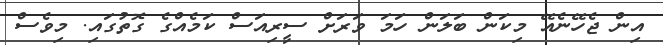
އިން ޖެހޭނެއޭ މިކަން ބަލަން ހަމަ ވަރަށް ސީރިއަސް ކަމެއްގެ ގޮތުގައި. މިވެސް